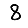
Digit: 8